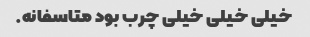
خیلی خیلی خیلی چرب بود متاسفانه.